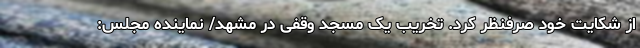
از شکایت خود صرفنظر کرد. تخریب یک مسجد وقفی در مشهد/ نماینده مجلس: